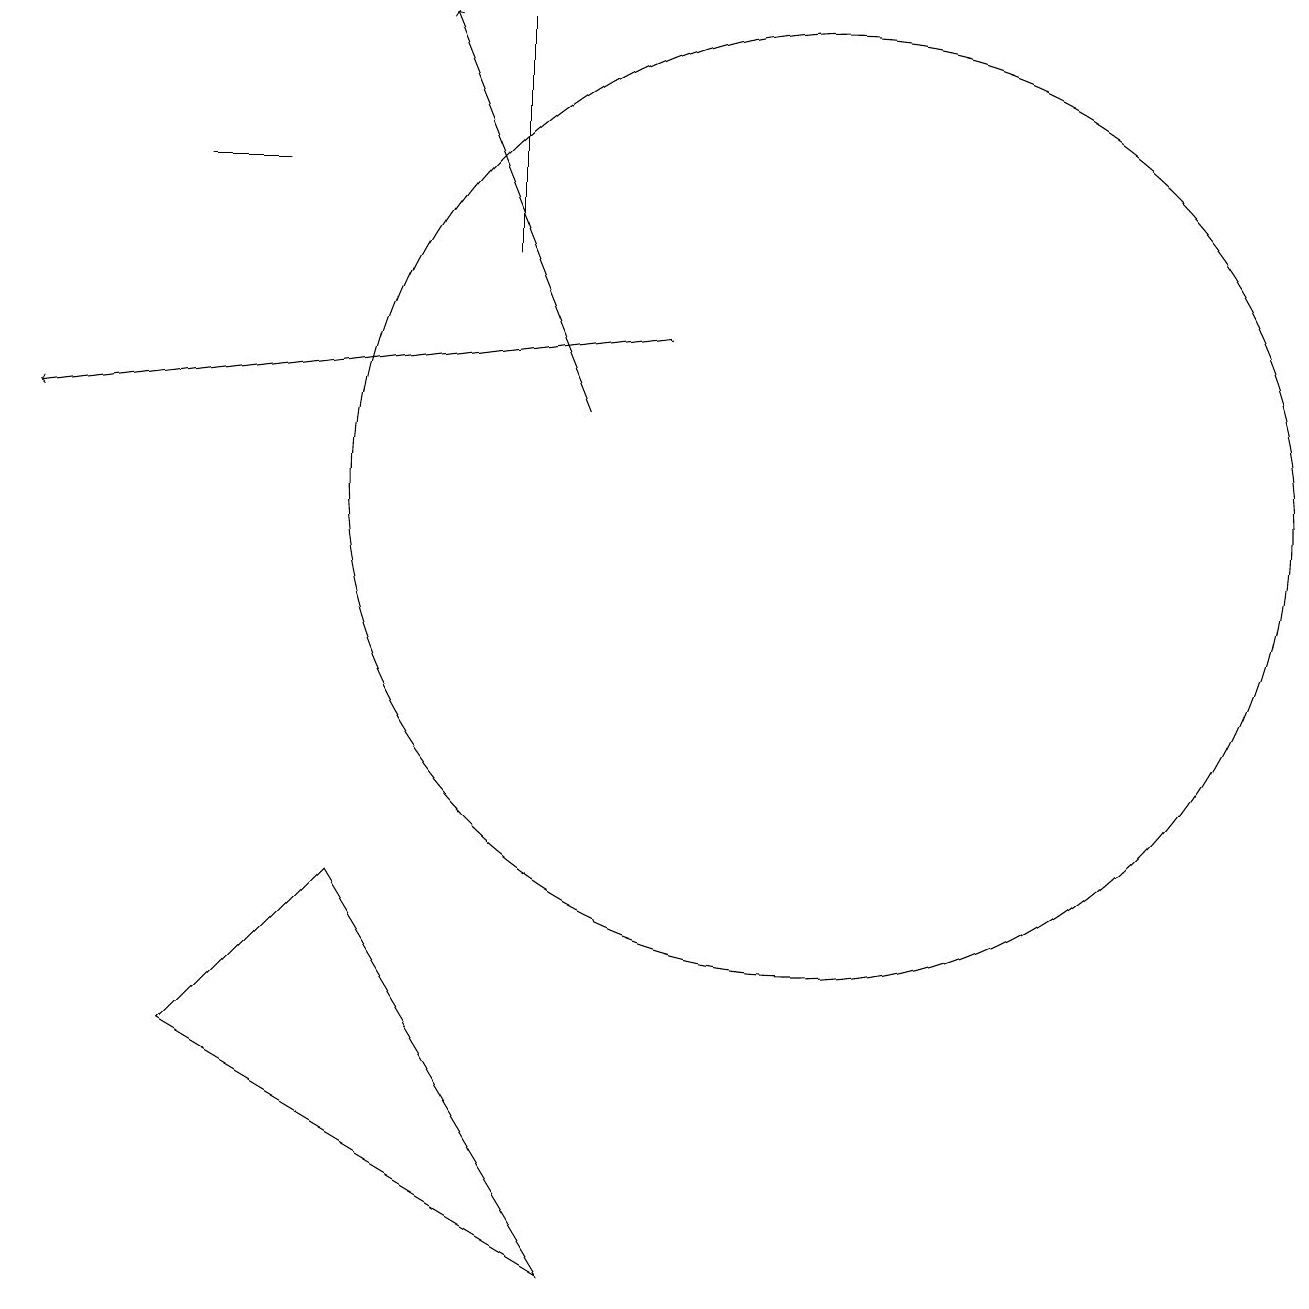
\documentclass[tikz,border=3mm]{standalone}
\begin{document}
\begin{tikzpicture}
\draw (6,13) rectangle (6,16);
\draw (7,0) -- (2,3) -- (4,5) -- cycle;
\draw (2,14) rectangle (3,14);
\draw[->] (7,11) -- (5,16);
\draw (10,10) circle (6);
\draw[->] (8,12) -- (0,11);
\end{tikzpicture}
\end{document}